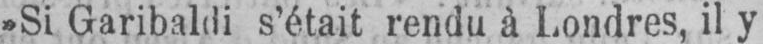
»Si Garibaldi s’était rendu à Londres, il y